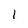
Character: 1